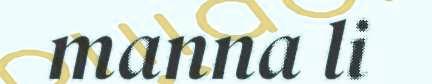
manna li